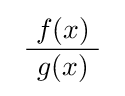
\ {\frac {\ f(x)\ }{g(x)}}\